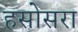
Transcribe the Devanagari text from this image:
हसोसरा